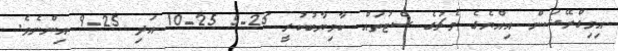
އިމިގްރޭޝަން އިއްޔެގެ މެޗުގެ ސެޓުތައް ކާމިޔާބުކުރީ 25-5 25-10 އަދި 25-9 އިންނެވެ.